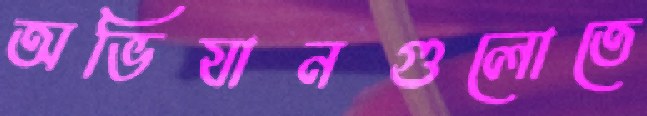
অভিযানগুলোতে